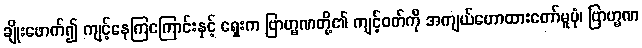
ချိုးဖောက်၍ ကျင့်နေကြကြောင်းနှင့် ရှေးက ဗြာဟ္မဏတို့၏ ကျင့်ဝတ်ကို အကျယ်ဟောထားတော်မူပုံ၊ ဗြာဟ္မဏ